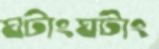
ঘটাংঘটাং